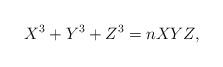
LaTeX: \begin{align*}X^3 + Y^3 + Z^3 = nXYZ,\end{align*}